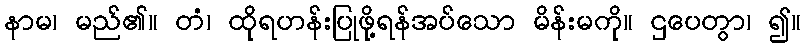
နာမ၊ မည်၏။ တံ၊ ထိုရဟန်းပြုဖို့ရန်အပ်သော မိန်းမကို။ ဌပေတွာ၊ ၍။